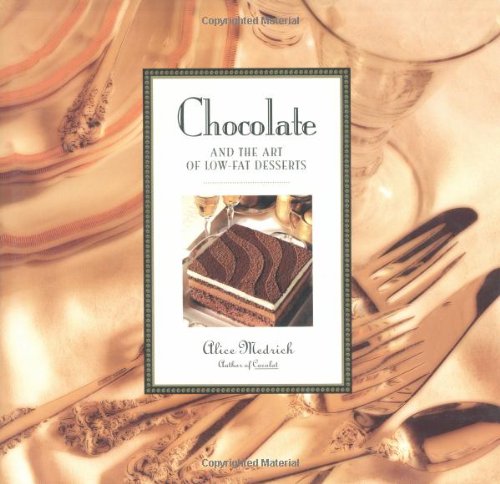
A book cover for Chocolate and the Art of Low-Fat Desserts; Alice Medrich; Cookbooks, Food & Wine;